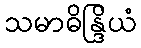
သမာဓိန္ဒြိယံ